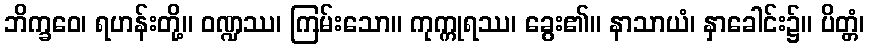
ဘိက္ခဝေ၊ ရဟန်းတို့။ ဝဏ္ဍဿ၊ ကြမ်းသော။ ကုက္ကုရဿ၊ ခွေး၏။ နာသာယံ၊ နှာခေါင်း၌။ ပိတ္တံ၊